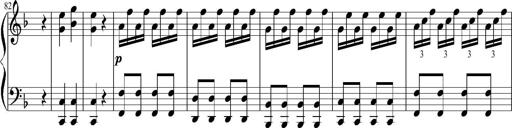
Title: 12 Sonatinas for Piano
Composer: Johann Baptist Vanhal